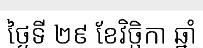
ថ្ងៃទី ២៩ ខែវិច្ឆិកា ឆ្នាំ